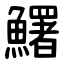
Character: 鱰